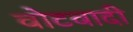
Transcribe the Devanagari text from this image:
वोटवादी